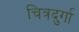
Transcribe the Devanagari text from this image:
चित्रदुर्गा